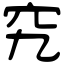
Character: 究